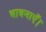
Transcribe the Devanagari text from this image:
भावनाएँ।